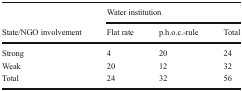
|  | <COLSPAN=3> Water institution |
 | State/NGO involvement | Flat rate | p.h.o.c.-rule | Total |
 | --- | --- | --- | --- |
 | Strong | 4 | 20 | 24 |
 | Weak | 20 | 12 | 32 |
 | Total | 24 | 32 | 56 |